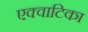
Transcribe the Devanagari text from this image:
एक्वाटिका